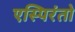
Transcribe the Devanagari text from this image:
एस्पिरंतो